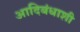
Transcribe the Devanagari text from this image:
आदिबंधाशी